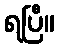
ရပြီ။